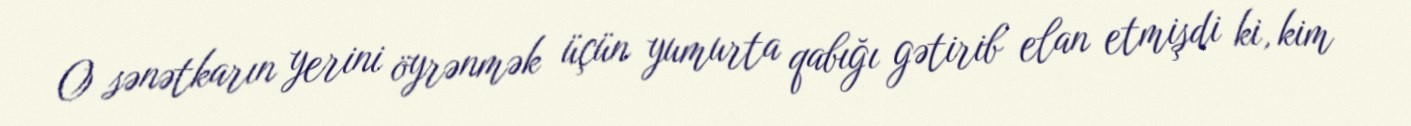
O sənətkarın yerini öyrənmək üçün yumurta qabığı gətirib elan etmişdi ki, kim